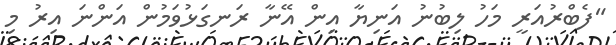
"ފެބްރުއަރީ މަހު ލިބުނު އަނިޔާ އިން އޭނާ ރަނގަޅުވަމުން އަންނަ އިރު މި